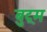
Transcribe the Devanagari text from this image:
बुट्रम